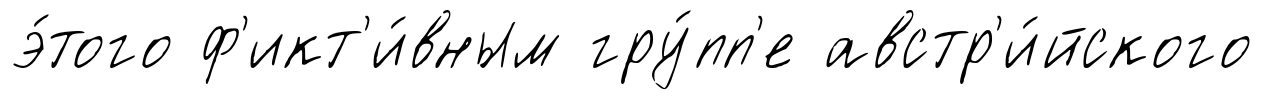
э́того ф'икт'и́вным гру́пп'е австр'и́йского